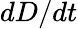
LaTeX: dD/dt